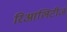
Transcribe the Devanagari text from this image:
रिआलिटीज